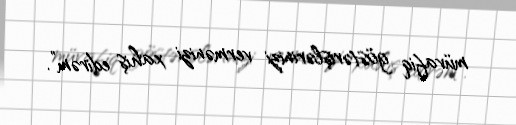
müvafiq göstərişlərinizi vermənizi xahiş edirəm”.